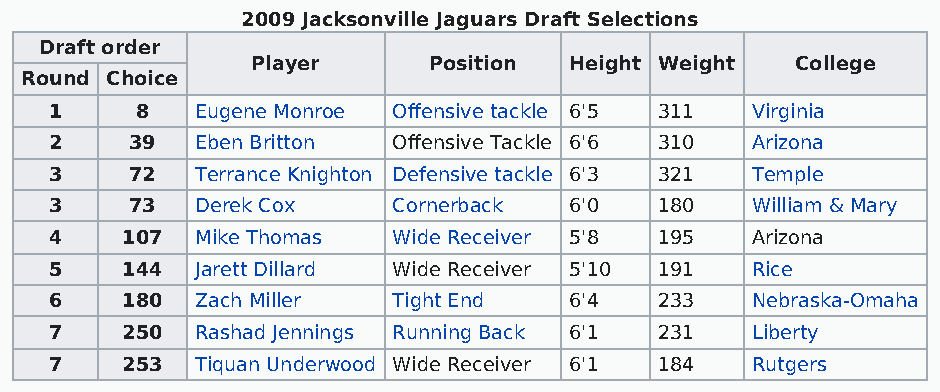
2009 Jacksonville Jaguars Draft Selections
 Draft order
 Player     Position  Height Weight  College
 Round Choice
 1     8   Eugene Monroe Offensive tackle 6'5 311 Virginia
 2     39  Eben Britton Offensive Tackle 6'6 310 Arizona
 3     72  Terrance Knighton Defensive tackle 6'3 321 Temple
 3     73  Derek Cox    Cornerback  6'0   180   William & Mary
 4    107  Mike Thomas  Wide Receiver 5'8 195   Arizona
 5    144  Jarett Dillard Wide Receiver 5'10 191 Rice
 6    180  Zach Miller  Tight End   6'4   233   Nebraska-Omaha
 7    250  Rashad Jennings Running Back 6'1 231 Liberty
 7    253  Tiquan Underwood Wide Receiver 6'1 184 Rutgers